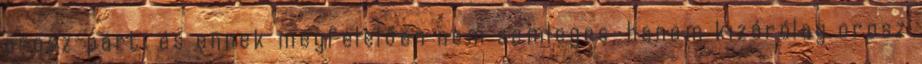
orosz-párti és ennek megfelelően nem semleges, hanem kizárólag orosz